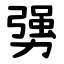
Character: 勥